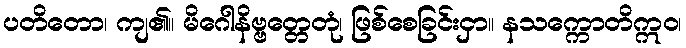
ပတိတော၊ ကျ၏။ မိဂေါနိဗ္ဗတ္တေတုံ၊ ဖြစ်စေခြင်းငှာ။ နသက္ကောတိဣဝ၊